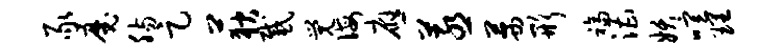
豕魔肠足荻感觉诲应蒸茜形福漕妖喧理